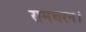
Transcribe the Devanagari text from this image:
रामचरन।